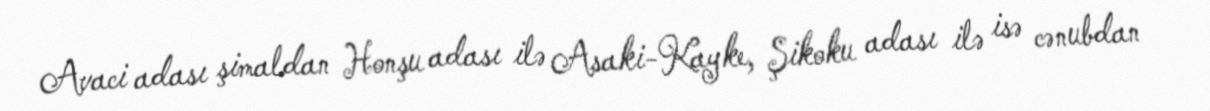
Avaci adası şimaldan Honşu adası ilə Asaki-Kayke, Şikoku adası ilə isə cənubdan